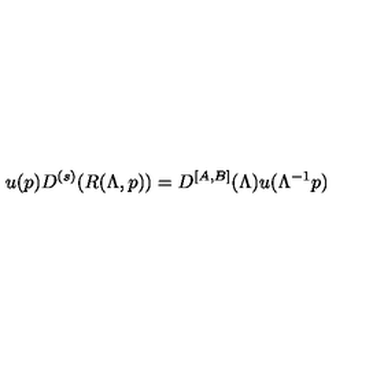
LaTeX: u ( p ) D ^ { ( s ) } ( R ( \Lambda , p ) ) = D ^ { [ A , B ] } ( \Lambda ) u ( \Lambda ^ { - 1 } p )